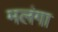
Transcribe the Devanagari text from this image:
मलंगा